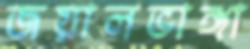
জয়ালভাঙ্গা